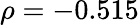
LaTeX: \rho=-0.515